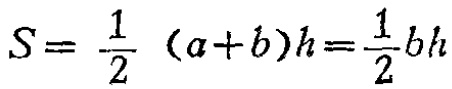
\(S = \frac{1}{2} (a + b)h=\frac{1}{2}bh\)